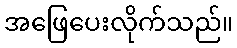
အဖြေပေးလိုက်သည်။